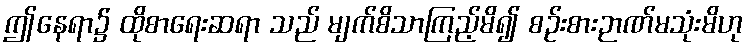
ဤနေရာ၌ ထိုစာရေးဆရာ သည် မျက်စိသာကြည့်မိ၍ စဉ်းစားဉာဏ်မသုံးမိဟု